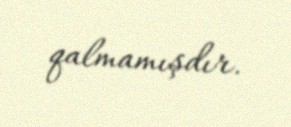
qalmamışdır.